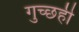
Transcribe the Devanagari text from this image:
गुच्छही